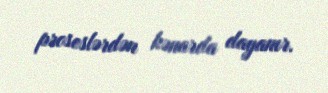
proseslərdən kənarda dayanır.